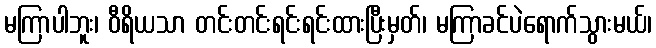
မကြာပါဘူး၊ ဝီရိယသာ တင်းတင်းရင်းရင်းထားပြီးမှတ်၊ မကြာခင်ပဲရောက်သွားမယ်၊